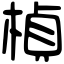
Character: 楨